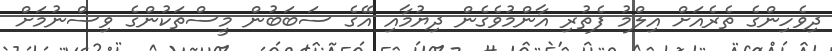
ދިވެހިންގެ ތެރެއަށް އިލްމު ފެތުރި އާންމުވެގެން ދިޔުމާއި އޭގެ ސަބަބުން މީސްތަކުންގެ ވިސްނުމަށް